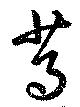
篤